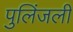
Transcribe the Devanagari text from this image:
पुलिंजली